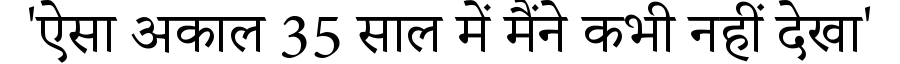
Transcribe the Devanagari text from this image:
'ऐसा अकाल 35 साल में मैंने कभी नहीं देखा'